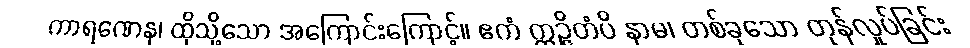
ကာရဏေန၊ ထိုသို့သော အကြောင်းကြောင့်။ ဧကံ ဣဉ္ဇိတံပိ နာမ၊ တစ်ခုသော တုန်လှုပ်ခြင်း